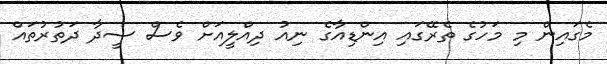
މެގައިން މި މަހުގެ ތެރޭގައި އިންޑިއާގެ ނިއު ދިއްލީއަށް ވެސް ސީދާ ދަތުރުތައް